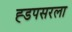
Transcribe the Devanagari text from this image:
ह्डपसरला